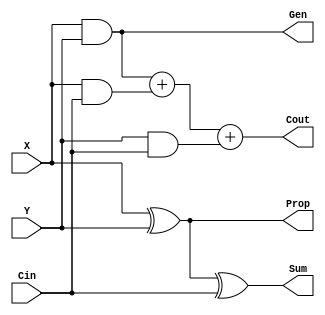
module Full_Adder (X,Y,Cin,Cout,Sum,Prop,Gen);

input 			X;
input 			Y;
input 			Cin;
output 			Cout;
output			Sum;
output			Prop;
output			Gen;

reg 			Sum;
reg 			Cout;
reg 			Prop;
reg			Gen;

always @(*) begin
	Sum = X ^ Y ^ Cin;
	Cout = (X & Y) + (X & Cin) + (Y & Cin);
	Prop = X ^ Y;
	Gen = X & Y;
end

endmodule